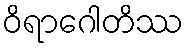
ဝိရာဂေါတိဿ